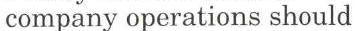
company operations should